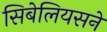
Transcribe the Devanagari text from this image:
सिबेलियसने